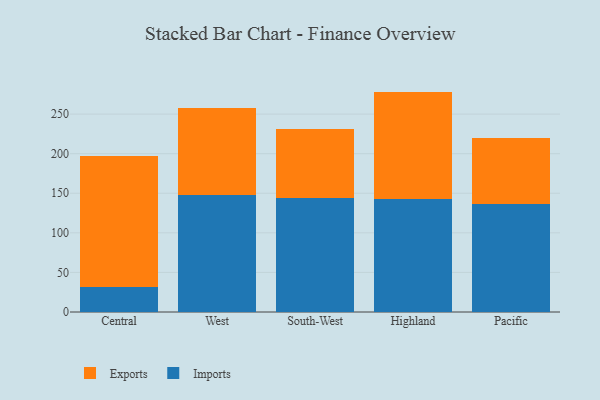
{"axis": {"x": "Region", "y": "Satisfaction Score"}, "legend": ["Exports", "Imports"], "data": [{"x": "Central", "y": 31.2, "type": "Imports"}, {"x": "Central", "y": 166.3, "type": "Exports"}, {"x": "West", "y": 148.0, "type": "Imports"}, {"x": "West", "y": 109.8, "type": "Exports"}, {"x": "South-West", "y": 143.5, "type": "Imports"}, {"x": "South-West", "y": 87.6, "type": "Exports"}, {"x": "Highland", "y": 143.2, "type": "Imports"}, {"x": "Highland", "y": 135.2, "type": "Exports"}, {"x": "Pacific", "y": 136.2, "type": "Imports"}, {"x": "Pacific", "y": 84.0, "type": "Exports"}]}